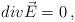
LaTeX: \begin{align*}div\vec{E}=0 \, , \end{align*}